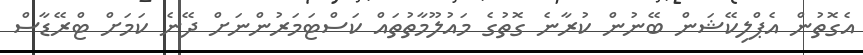
އެގޮތުން އެޕްލިކޭޝަން ބޭނުން ކުރާނެ ގޮތުގެ މައުލޫމާތުތައް ކަސްޓަމަރުންނަށް ދޭނެ ކަމަށް ޓްރޭޑާސް